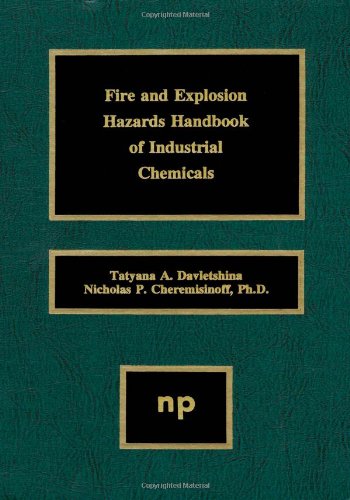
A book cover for Fire and Explosion Hazards Handbook of Industrial Chemicals; Nicholas P. Cheremisinoff; Science & Math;